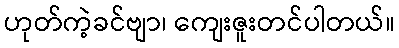
ဟုတ်ကဲ့ခင်ဗျာ၊ ကျေးဇူးတင်ပါတယ်။